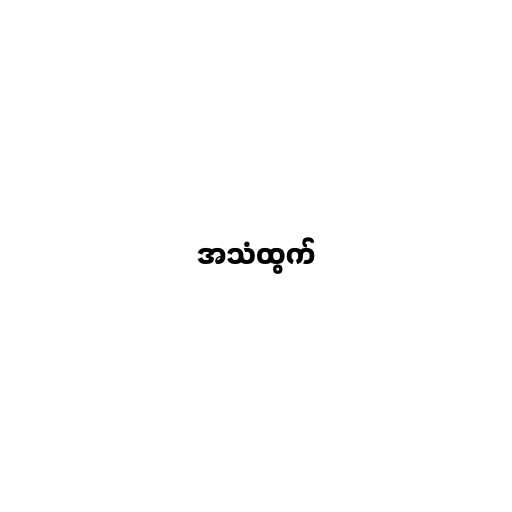
အသံထွက်